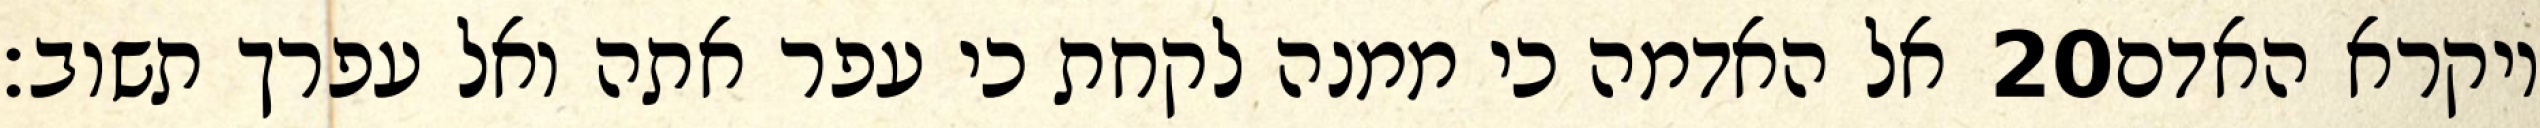
אל האדמה כי ממנה לקחת כי עפר אתה ואל עפרך תשוב׃ ‎20‏ ויקרא האדם